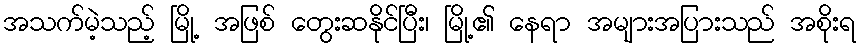
အသက်မဲ့သည့် မြို့ အဖြစ် တွေးဆနိုင်ပြီး၊ မြို့၏ နေရာ အများအပြားသည် အစိုးရ